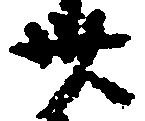
卅